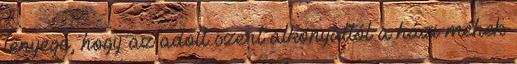
lényege, hogy az adott szert alkonyattól a házi méhek